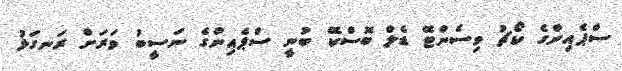
ސްޕެއިންގެ ކޯޗު ވިސެންޓޭ ޑެލް ބޮސްކޭ ބުނީ ސްޕެއިންގެ ނަސީބު ވަރަށް ރަނގަޅު